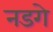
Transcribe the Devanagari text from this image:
नडगे